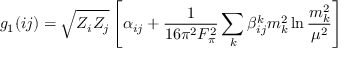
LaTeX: g _ { 1 } ( i j ) = \sqrt { Z _ { i } Z _ { j } } \left[ \alpha _ { i j } + { \frac { 1 } { 1 6 \pi ^ { 2 } F _ { \pi } ^ { 2 } } } \sum _ { k } \beta _ { i j } ^ { k } m _ { k } ^ { 2 } \ln { \frac { m _ { k } ^ { 2 } } { \mu ^ { 2 } } } \right]